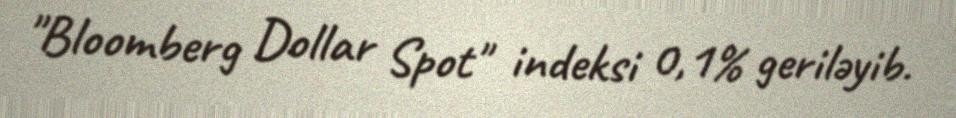
"Bloomberg Dollar Spot" indeksi 0,1% geriləyib.